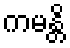
ကမန္တိ